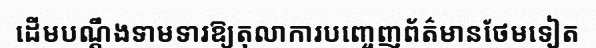
ដើមបណ្តឹងទាមទារឱ្យតុលាការបញ្ចេញព័ត៌មានថែមទៀត